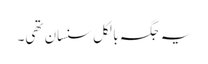
یہ جگہ بالکل سنسان تھی۔